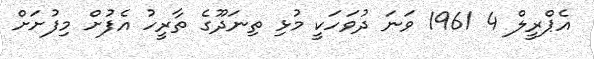
އެޕްރީލް 4 1961 ވަނަ ދުވަހަކީ މުޅި ތިނަދޫގެ ތާރީހު އެފުށް މިފުށަށް